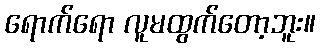
ရောက်ရော လူမထွက်တော့ဘူး။